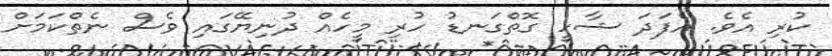
ކުރި އެވެ. އެފަދަ ޝާހީ ގޮތްގަނޑު ހުރި މީހެއް ދުނިޔޭގައި ވެސް ނެތްކަމަށް